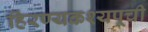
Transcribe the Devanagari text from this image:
हिरण्यकश्यपूची